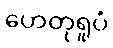
ဟေတုရူပံ